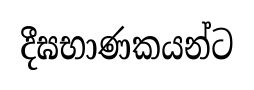
දීඝභාණකයන්ට